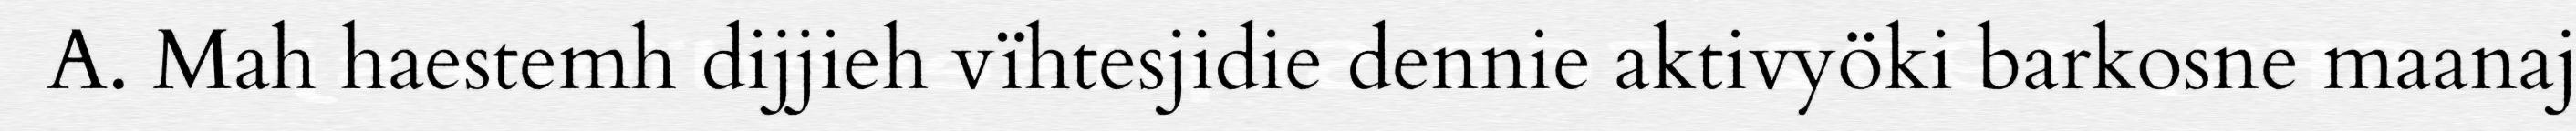
A. Mah haestemh dijjieh vïhtesjidie dennie aktivyöki barkosne maanaj